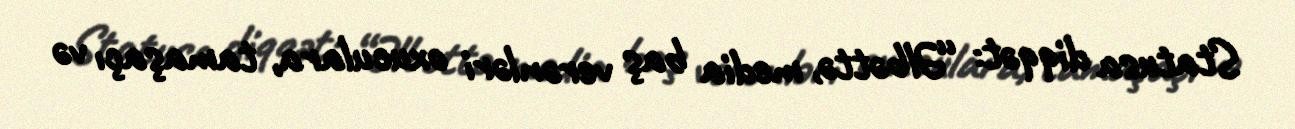
Statusa diqqət: “Əlbəttə, media baş verənləri oxuculara, tamaşaçı və